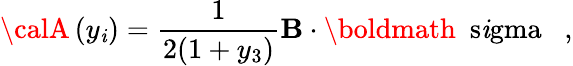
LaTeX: {\calA}\left(y_{\mathit{i}}\right)=\frac{{1}}{{2(1+y_{3})}}{\mathbf{B}}\cdot\mathrm{{\boldmath~\ s\mathit{i}gma~}}\; \; ,